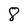
Character: 8